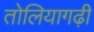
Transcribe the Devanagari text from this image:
तोलियागढ़ी